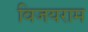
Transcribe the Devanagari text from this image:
विजयराम